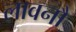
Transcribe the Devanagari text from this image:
लावनौ